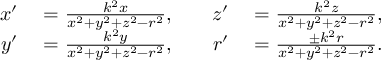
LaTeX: \begin{array} { r l r l } { x ^ { \prime } } & { { } = { \frac { k ^ { 2 } x } { x ^ { 2 } + y ^ { 2 } + z ^ { 2 } - r ^ { 2 } } } , \quad } & { z ^ { \prime } } & { { } = { \frac { k ^ { 2 } z } { x ^ { 2 } + y ^ { 2 } + z ^ { 2 } - r ^ { 2 } } } , } \\ { y ^ { \prime } } & { { } = { \frac { k ^ { 2 } y } { x ^ { 2 } + y ^ { 2 } + z ^ { 2 } - r ^ { 2 } } } , } & { r ^ { \prime } } & { { } = { \frac { \pm k ^ { 2 } r } { x ^ { 2 } + y ^ { 2 } + z ^ { 2 } - r ^ { 2 } } } . } \end{array}